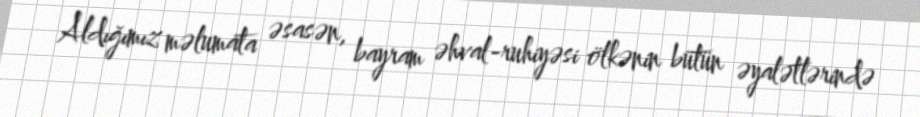
Aldığımız məlumata əsasən, bayram əhval-ruhiyəsi ölkənin bütün əyalətlərində